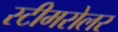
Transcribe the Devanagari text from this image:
स्टीमरोलर